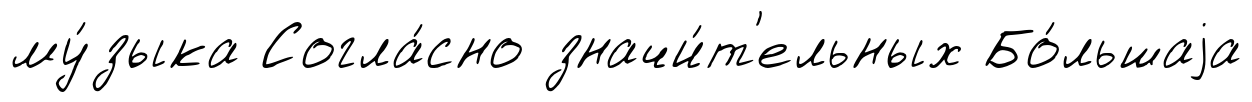
му́зыка Согла́сно значи́т'ельных Бо́льшаjа